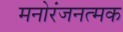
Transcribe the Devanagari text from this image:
मनोरंजनत्मक